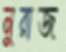
নুরাজ